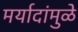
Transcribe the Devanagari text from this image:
मर्यादांमुळे